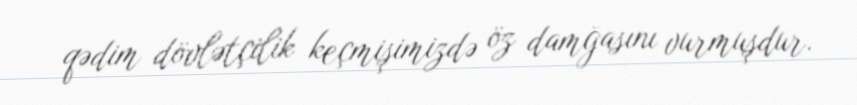
qədim dövlətçilik keçmişimizdə öz damğasını vurmuşdur.